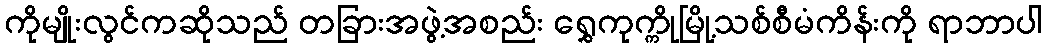
ကိုမျိုးလွင်ကဆိုသည် တခြားအဖွဲ့အစည်း ရွှေကုက္ကိုမြို့သစ်စီမံကိန်းကို ရာဘာပါ